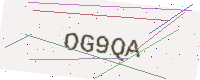
Text: OG9QA